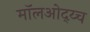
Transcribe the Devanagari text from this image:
मॉलओद्य्च